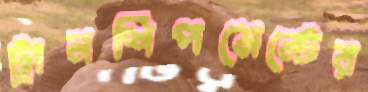
ট্রানশিপমেন্টের